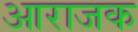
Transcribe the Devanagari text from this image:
आराजक